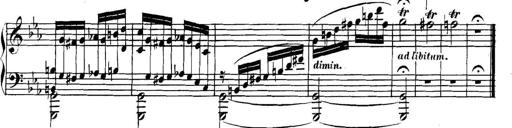
Title: Collected Piano Sonatas
Composer: Muzio Clementi